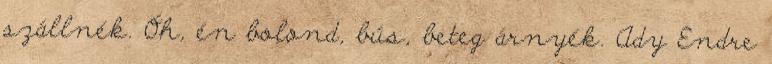
szállnék. Óh, én bolond, bús, beteg árnyék. Ady Endre